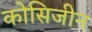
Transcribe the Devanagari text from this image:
कोसिजीन